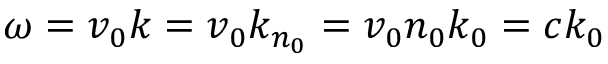
\omega = v _ { 0 } k = v _ { 0 } k _ { n _ { 0 } } = v _ { 0 } n _ { 0 } k _ { 0 } = c k _ { 0 }